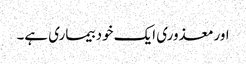
اورمعذوری ایک خود بیماری ہے۔